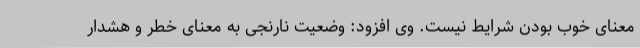
معنای خوب بودن شرایط نیست. وی افزود: وضعیت نارنجی به معنای خطر و هشدار